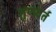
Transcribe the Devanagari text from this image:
तृणवर्त